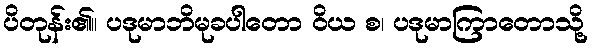
ပိတုန်း၏။ ပဒုမာဘိမုခပါတော ဝိယ စ၊ ပဒုမာကြာတောသို့